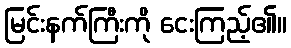
မြင်းနက်ကြီးကို ငေးကြည့်၏။